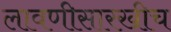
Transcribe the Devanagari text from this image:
लावणीसारखीच